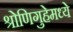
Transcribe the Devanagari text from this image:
श्रोणिगुहेमध्ये